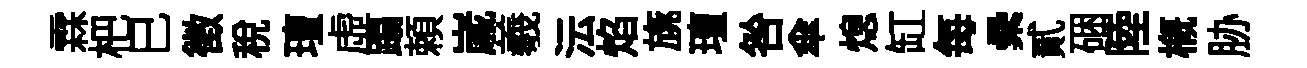
霖杷巳徵税璮虛蹋頼𡻕羲沄焰旐璮咎傘熄缸每纍貳硱陸槪胁